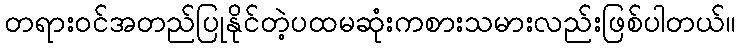
တရားဝင်အတည်ပြုနိုင်တဲ့ပထမဆုံးကစားသမားလည်းဖြစ်ပါတယ်။